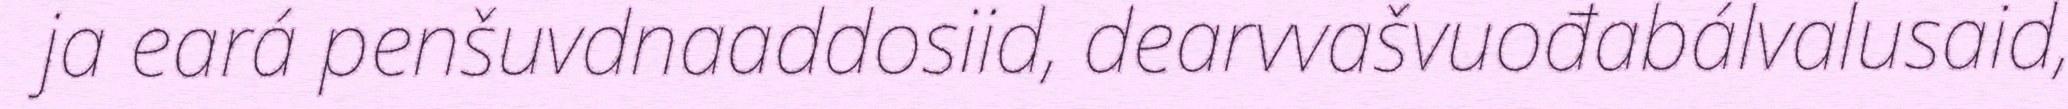
ja eará penšuvdnaaddosiid, dearvvašvuođabálvalusaid,